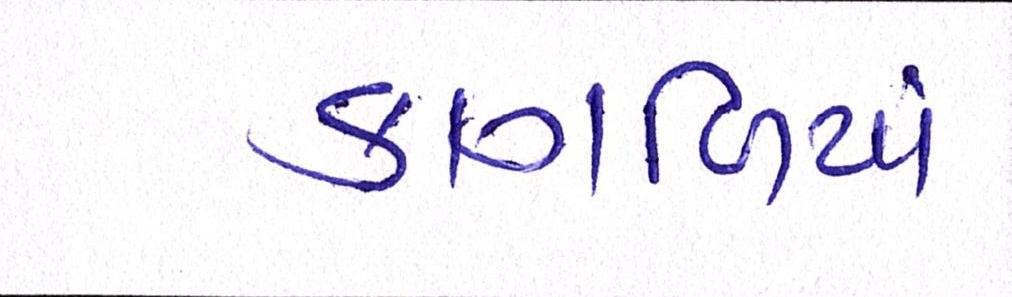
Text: કાગળિયાં